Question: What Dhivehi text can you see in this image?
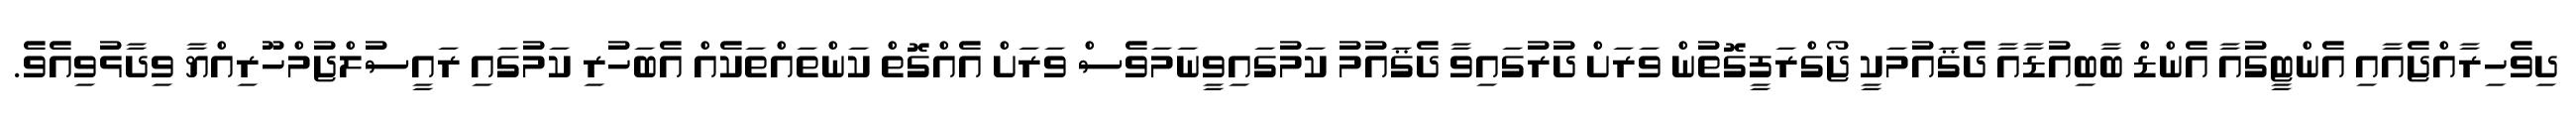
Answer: ދިވެހިރާއްޖެއާއި އެންޓީގުއާ އެންޑް ބާބިއުޑާއާ ދެޤައުމަކީ ޖޯގްރަފީގޮތުން ވަރަށް ދުރުގައިވާ ދެޤައުމު ކަމުގައިވީނަމަވެސް ވަރަށް އެއްގޮތް ކަންތައްތަކެއް އެބަހުރި ކަމުގައި ރައީސުލްޖުމްހޫރިއްޔާ ވިދާޅުވިއެވެ.